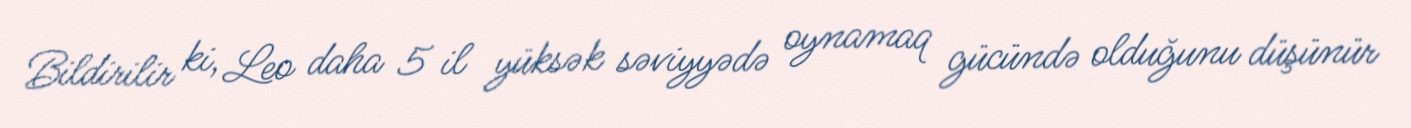
Bildirilir ki, Leo daha 5 il yüksək səviyyədə oynamaq gücündə olduğunu düşünür